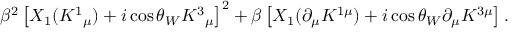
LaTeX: \beta ^ { 2 } \left[ X _ { 1 } ( K ^ { 1 } { } _ { \mu } ) + i \cos { \theta _ { W } } K ^ { 3 } { } _ { \mu } \right] ^ { 2 } + \beta \left[ X _ { 1 } ( \partial _ { \mu } K ^ { 1 \mu } ) + i \cos { \theta _ { W } } \partial _ { \mu } K ^ { 3 \mu } \right] .